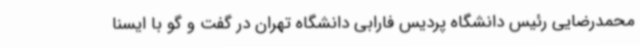
محمدرضایی رئیس دانشگاه پردیس فارابی دانشگاه تهران در گفت و گو با ایسنا